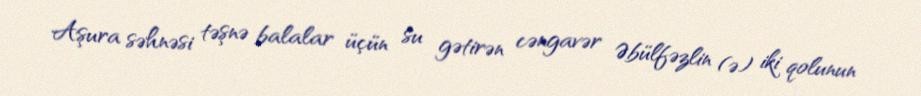
Aşura səhnəsi təşnə balalar üçün su gətirən cəngavər Əbülfəzlin (ə) iki qolunun